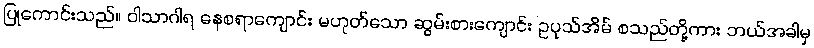
ပြုကောင်းသည်။ ဝါသာဂါရ နေစရာကျောင်း မဟုတ်သော ဆွမ်းစားကျောင်း ဥပုသ်အိမ် စသည်တို့ကား ဘယ်အခါမှ